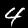
Label: 4